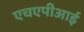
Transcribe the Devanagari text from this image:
एचएपीआई